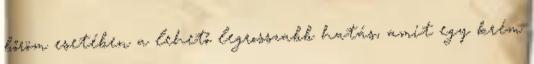
bőröm esetében a lehető legrosszabb hatás, amit egy krém